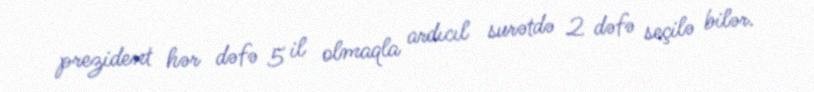
prezident hər dəfə 5 il olmaqla ardıcıl surətdə 2 dəfə seçilə bilər.